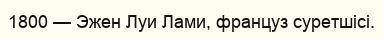
1800 — Эжен Луи Лами, француз суретшісі.